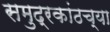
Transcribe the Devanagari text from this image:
समुद्रकांठच्या